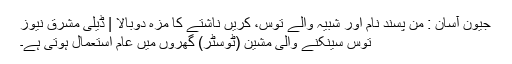
جیون آسان : من پسند نام اور شبیہ والے توس، کریں ناشتے کا مزہ دوبالا | ڈیلی مشرق نیوز
توس سینکنے والی مشین (ٹوسٹر) گھروں میں عام استعمال ہوتی ہے۔